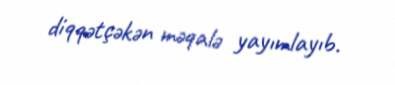
diqqətçəkən məqalə yayımlayıb.